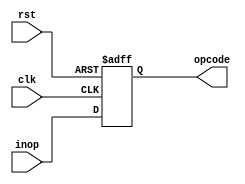
module AR(clk,rst,inop, opcode);
input clk,rst;
input [9:0] inop;
output [9:0] opcode;
reg [9:0]AR_reg;

assign opcode=AR_reg;
always @ (posedge rst, posedge clk)begin
  if(rst) begin
    AR_reg<=10'd0;
end 
else begin
  AR_reg<=inop;
end
end
endmodule

module AR_tb();
reg clk, rst;
reg [9:0] inop;
wire [9:0] opcode;
AR cut(
  .clk(clk),
  .rst(rst),
  .inop(inop),
  .opcode(opcode)
);

localparam CLK_PERIOD = 100;
localparam RUNNING_CYCLES = 100;
initial begin
  clk = 0;
  repeat (2*RUNNING_CYCLES) begin
    #(CLK_PERIOD/2) ;
    clk = ~clk;
  end
end
  
localparam RST_DURATION = 25;
initial begin
  rst = 1;
  #(RST_DURATION) ;
  rst = 0;
end
  
initial
begin
  inop=0;
end

initial begin
  #(1*CLK_PERIOD) ;
  inop=6'b110;
  #(1*CLK_PERIOD) ;
  rst = 1;
  inop=6'b100;
  #(RST_DURATION) ;
  rst = 0;
end

endmodule